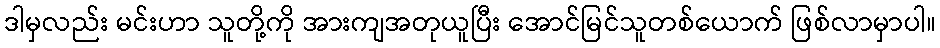
ဒါမှလည်း မင်းဟာ သူတို့ကို အားကျအတုယူပြီး အောင်မြင်သူတစ်ယောက် ဖြစ်လာမှာပါ။